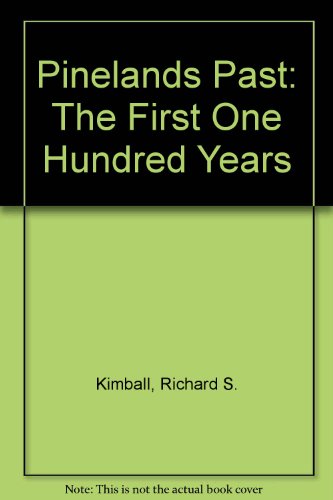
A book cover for Pineland's Past: The First One Hundred Years; Richard S. Kimball; Travel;